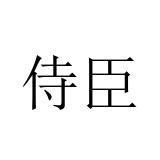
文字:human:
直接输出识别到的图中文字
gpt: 侍臣